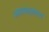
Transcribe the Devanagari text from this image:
आशयसूत्रांतच